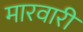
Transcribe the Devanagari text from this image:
मारवारी